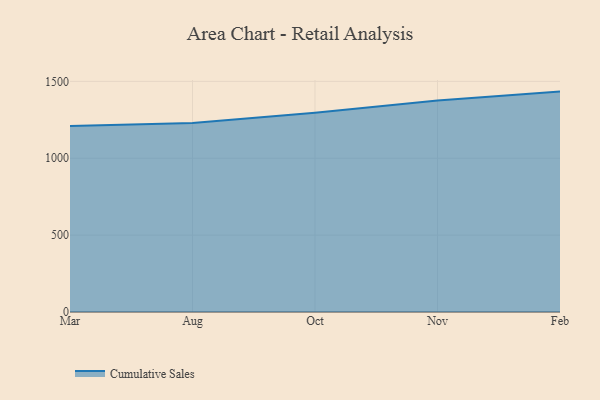
{"axis": {"x": "Month", "y": "Shipments"}, "legend": ["Cumulative Sales"], "data": [{"x": "Mar", "y": 1210.6, "type": "Cumulative Sales"}, {"x": "Aug", "y": 1228.7, "type": "Cumulative Sales"}, {"x": "Oct", "y": 1296.2, "type": "Cumulative Sales"}, {"x": "Nov", "y": 1375.9, "type": "Cumulative Sales"}, {"x": "Feb", "y": 1433.6, "type": "Cumulative Sales"}]}